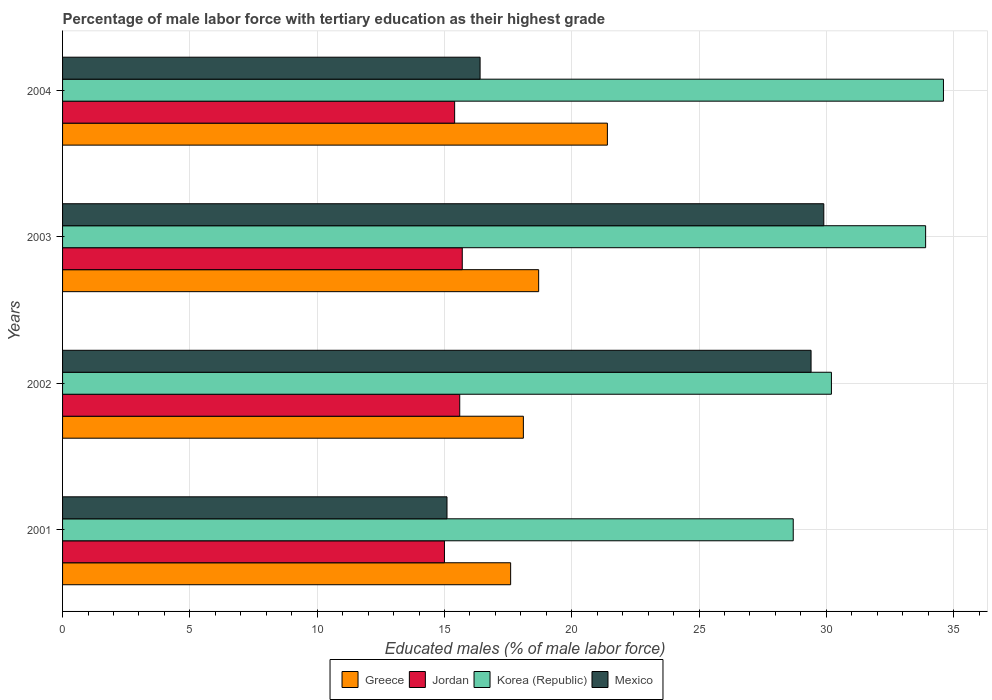
| Years | Greece | Jordan | Korea (Republic) | Mexico |
 | --- | --- | --- | --- | --- |
 | 2001 | 17.6 | 15 | 28.7 | 15.1 |
 | 2002 | 18.1 | 15.6 | 30.2 | 29.4 |
 | 2003 | 18.7 | 15.7 | 33.9 | 29.9 |
 | 2004 | 21.4 | 15.4 | 34.6 | 16.4 |